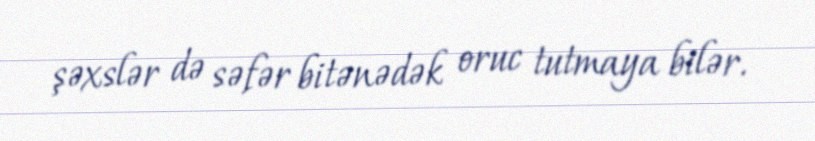
şəxslər də səfər bitənədək oruc tutmaya bilər.